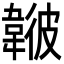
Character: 𩏃